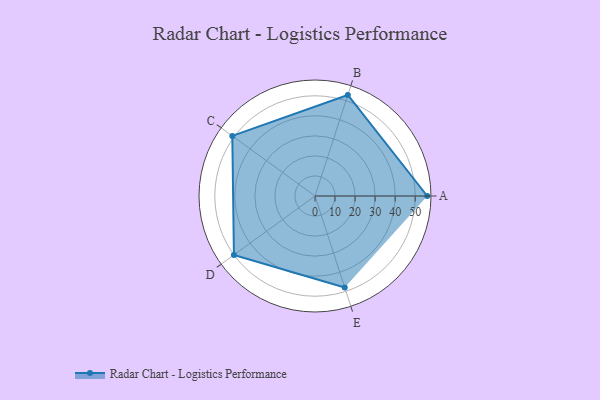
{"axis": {"x": "Skill", "y": "Score"}, "legend": ["Profile"], "data": [{"x": "A", "y": 56.0, "type": "Profile"}, {"x": "B", "y": 53.0, "type": "Profile"}, {"x": "C", "y": 51.0, "type": "Profile"}, {"x": "D", "y": 50.0, "type": "Profile"}, {"x": "E", "y": 48.0, "type": "Profile"}]}